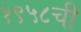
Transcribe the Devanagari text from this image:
१९५८ची